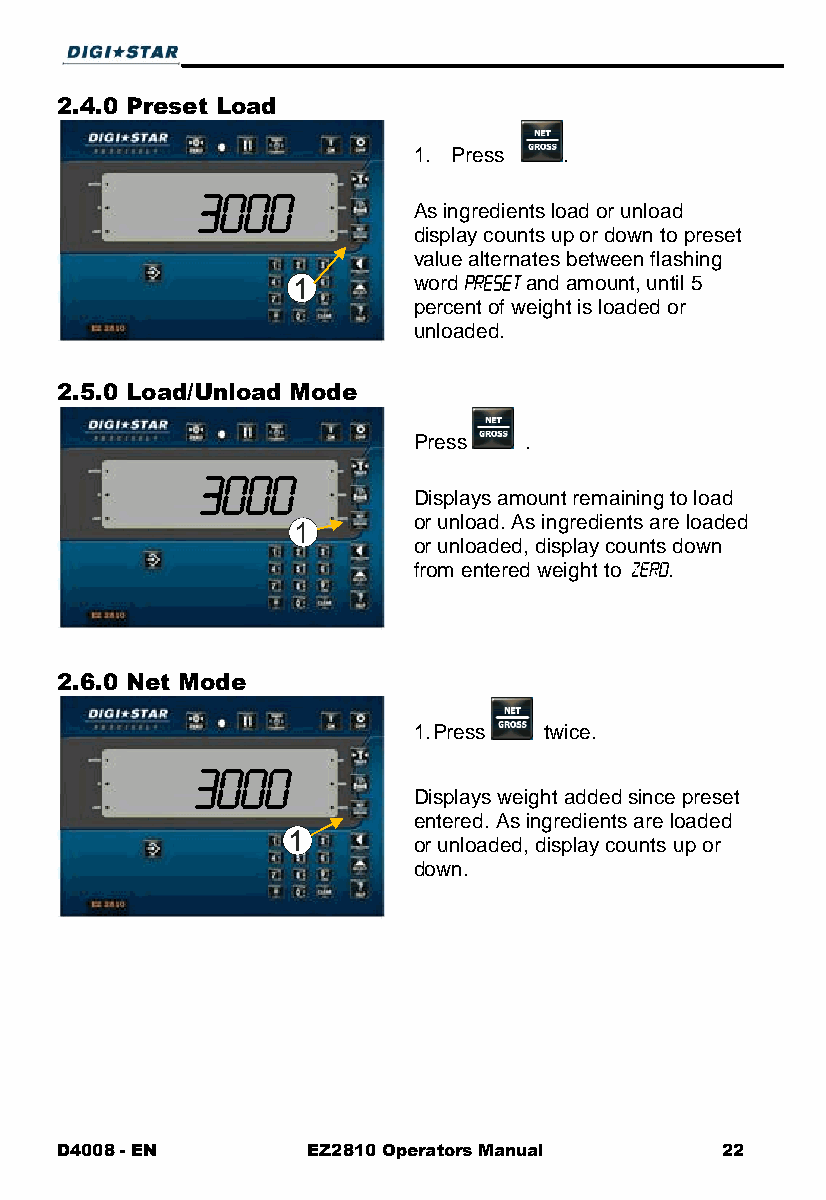
2.4.0 Preset Load
 1. Press  .
 As ingredients load or unload
 display counts up or down to preset
 value alternates between flashing
 1       word    and amount, until 5
 percent of weight is loaded or
 unloaded.
 2.5.0 Load/Unload Mode
 Press   .
 Displays amount remaining to load
 or unload. As ingredients are loaded
 1
 or unloaded, display counts down
 from entered weight to .
 2.6.0 Net Mode
 1. Press twice.
 Displays weight added since preset
 entered. As ingredients are loaded
 1
 or unloaded, display counts up or
 down.
 D4008 - EN      EZ2810 Operators Manual     22